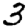
Digit: 3